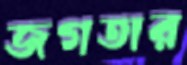
জগতার